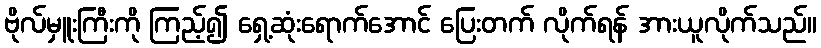
ဗိုလ်မှူးကြီးကို ကြည့်၍ ရှေ့ဆုံးရောက်အောင် ပြေးတက် လိုက်ရန် အားယူလိုက်သည်။